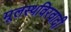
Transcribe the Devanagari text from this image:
मूलस्थविरवादी